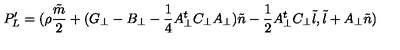
P _ { L } ^ { \prime } = ( { \rho } \frac { \tilde { m } } { 2 } + ( G _ { \bot } - B _ { \bot } - \frac { 1 } { 4 } A _ { \bot } ^ { t } C _ { \bot } A _ { \bot } ) { \tilde { n } } - \frac { 1 } { 2 } A _ { \bot } ^ { t } C _ { \bot } { \tilde { l } } , { \tilde { l } } + A _ { \bot } { \tilde { n } } )